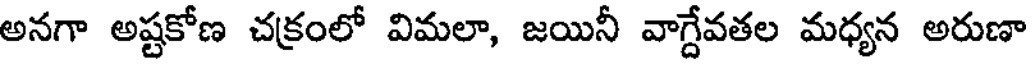
అనగా అష్టకోణ చక్రంలో విమలా, జయినీ వాగ్దేవతల మధ్యన అరుణా